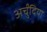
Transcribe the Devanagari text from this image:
अर्चुंदिया